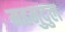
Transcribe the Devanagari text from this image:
महमुदुल